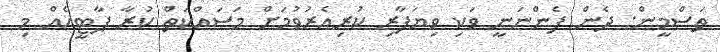
ތަސްމީން: ދެން ފެންނަނީ ވަކި ވިޔަފާރި ކުރިއެރުވުމަށް މަސައްކަތް ކުރާ ޕާޓީއެއް މި